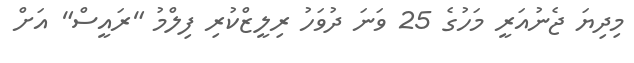
މިދިޔަ ޖެނުއަރީ މަހުގެ 25 ވަނަ ދުވަހު ރިލީޒްކުރި ފިލްމު "ރައީސް" އަށް